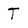
Character: T